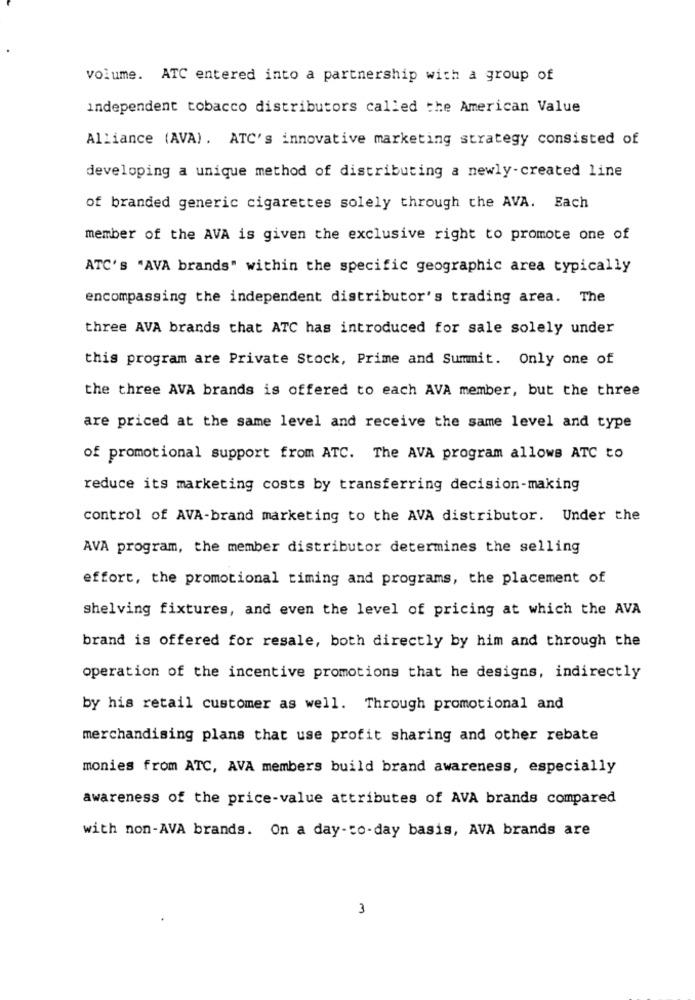
volume. ATC entered into a partnership with a group of
independent tobacco distributors called the American Value
Alliance (AVA). ATC's innovative marketing strategy consisted of
developing a unique method of distributing a newly-created line
of branded generic cigarettes solely through the AVA. Each
member of the AVA is given the exclusive right to promote one of
ATC'S "AVA brands" within the specific geographic area typically
encompassing the independent distributor's trading area. The
three AVA brands that ATC has introduced for sale solely under
this program are Private Stock, Prime and Summit. Only one of
the three AVA brands is offered to each AVA member, but the three
are priced at the same level and receive the same level and type
of promotional support from ATC. The AVA program allows ATC to
reduce its marketing costs by transferring decision-making
control of AVA-brand marketing to the AVA distributor. Under the
AVA program, the member distributor determines the selling
effort, the promotional timing and programs, the placement of
shelving fixtures, and even the level of pricing at which the AVA
brand is offered for resale, both directly by him and through the
operation of the incentive promotions that he designs, indirectly
by his retail customer as well. Through promotional and
merchandising plans that use profit sharing and other rebate
monies from ATC, AVA members build brand awareness, especially
awareness of the price-value attributes of AVA brands compared
with non-AVA brands. On a day-to-day basis, AVA brands are
3